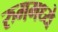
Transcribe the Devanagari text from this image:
रुममध्ये